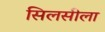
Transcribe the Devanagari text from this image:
सिलसीला